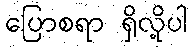
ပြောစရာ ရှိလို့ပါ